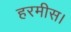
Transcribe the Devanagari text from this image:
हरमीस।